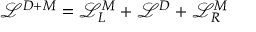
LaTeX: \mathcal { L } ^ { D + M } = \mathcal { L } _ { L } ^ { M } + \mathcal { L } ^ { D } + \mathcal { L } _ { R } ^ { M }